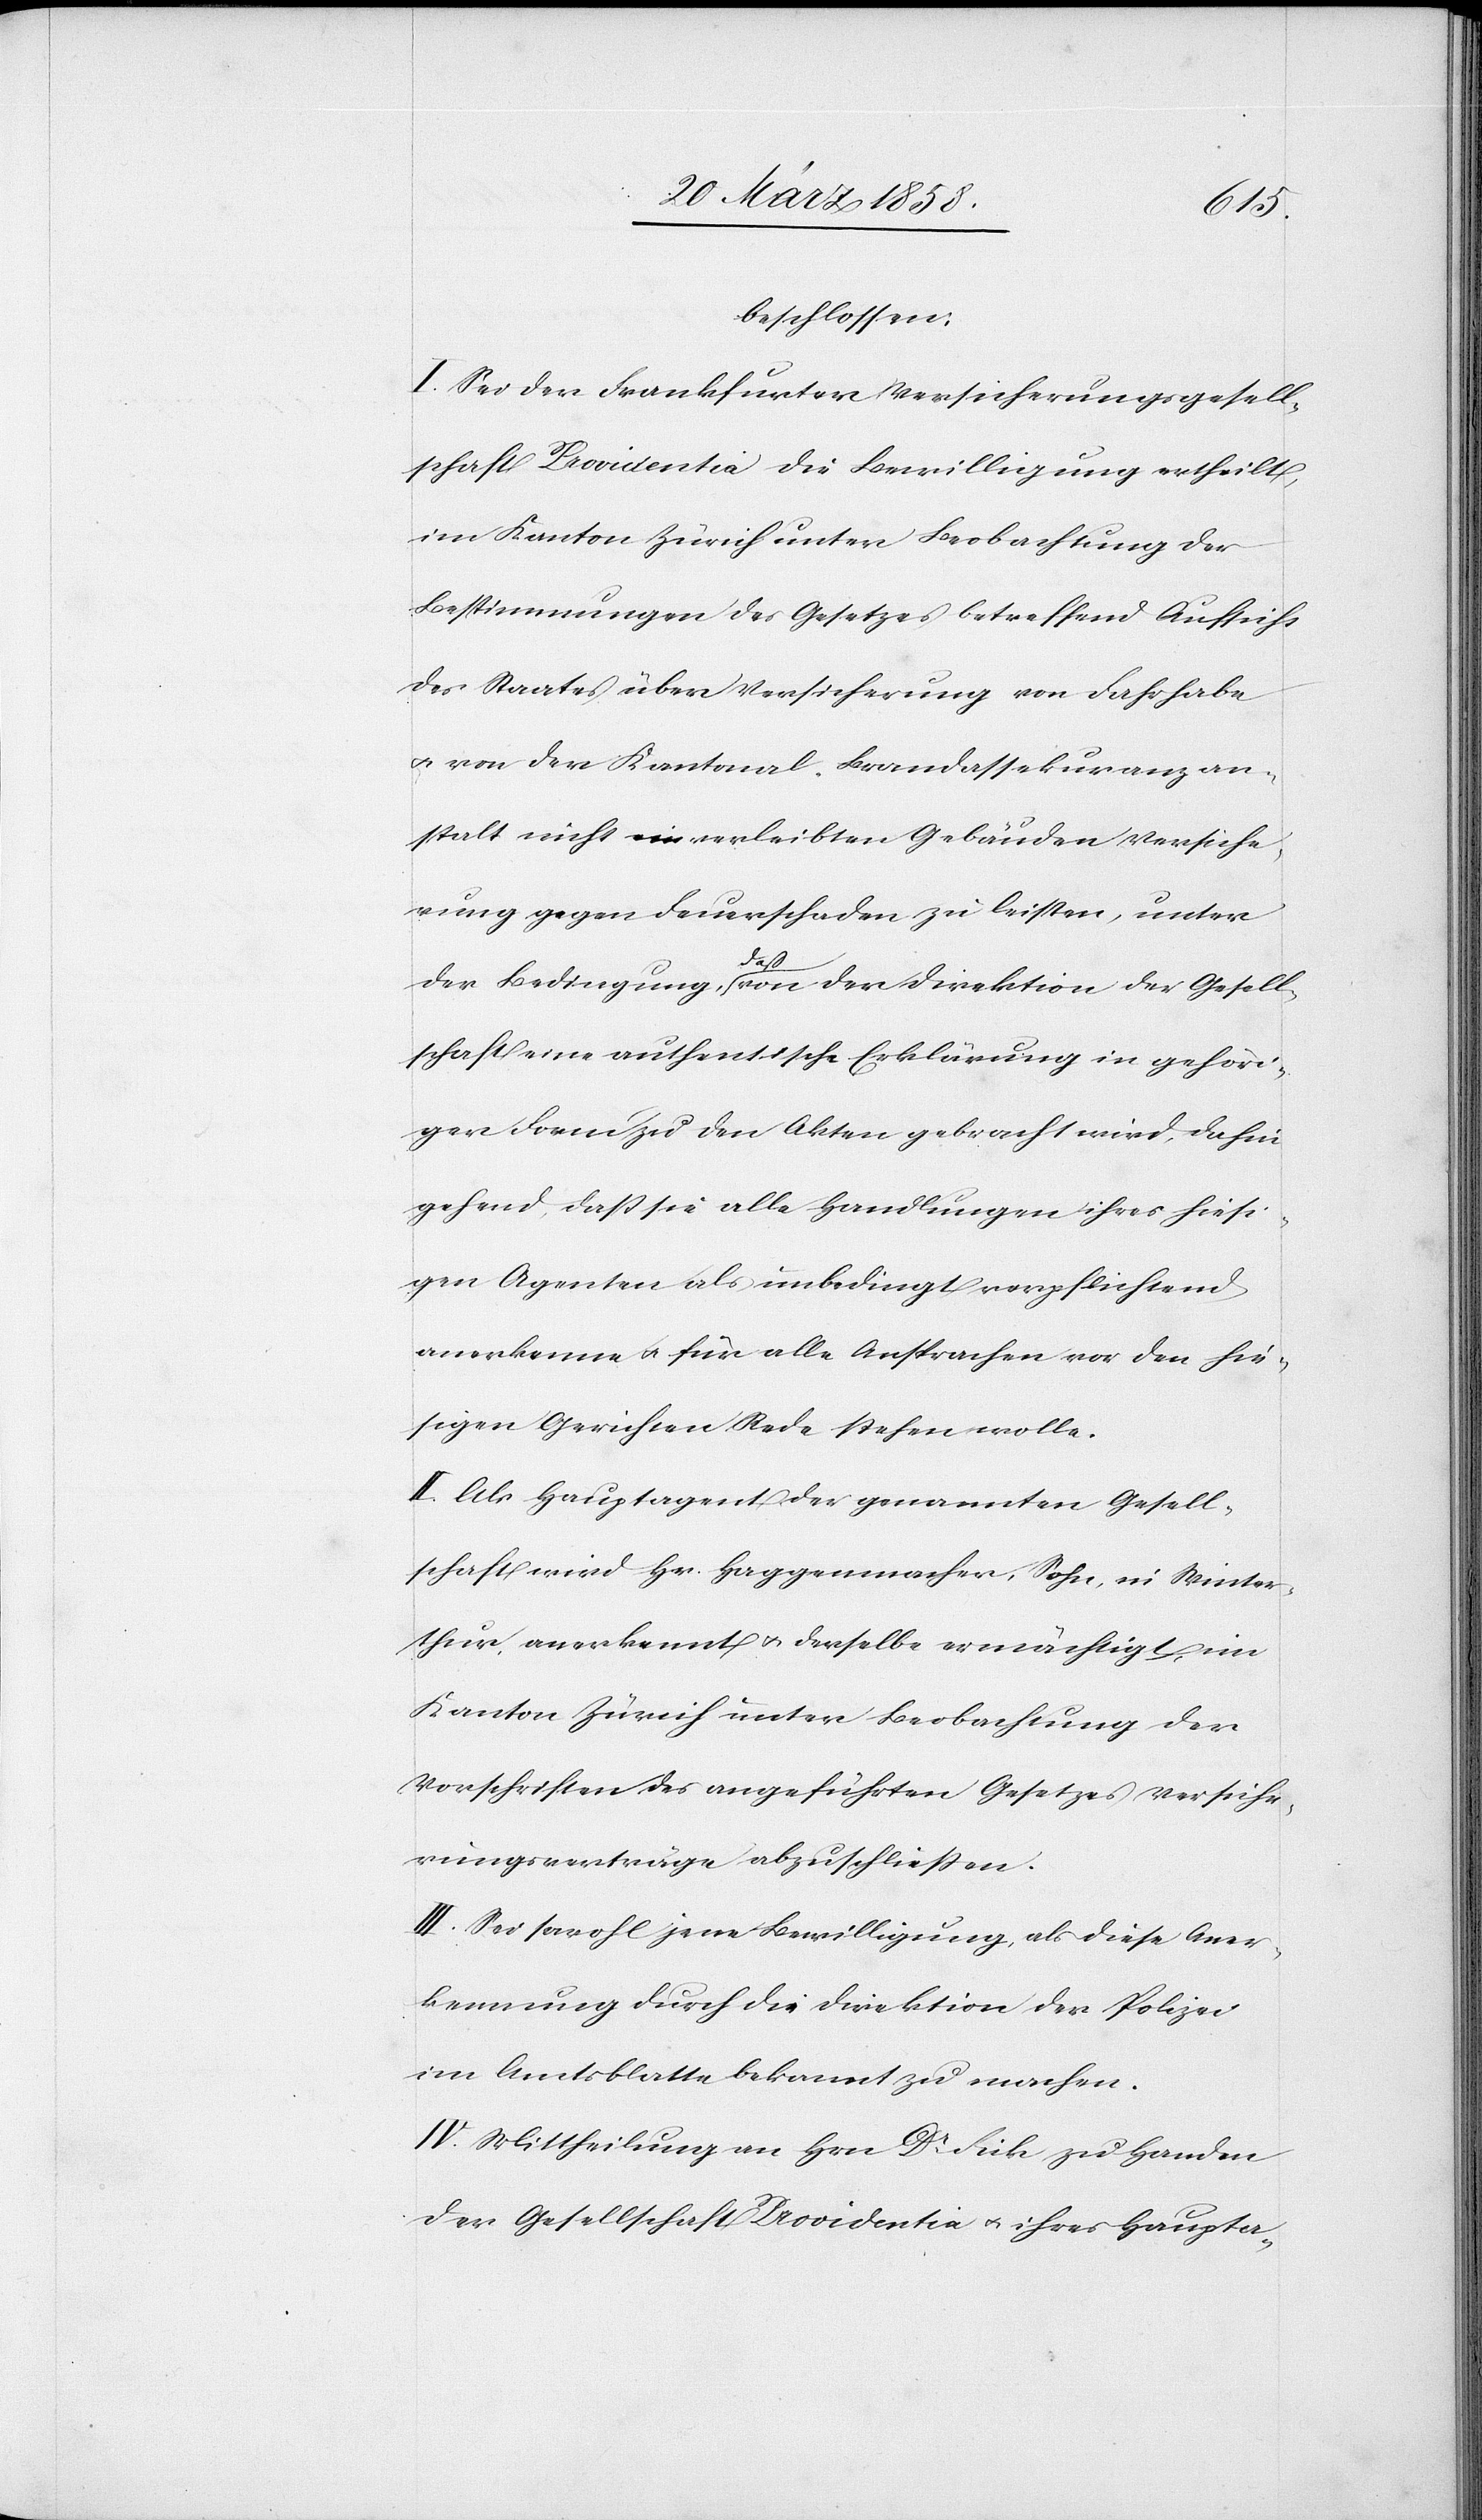
beschlossen:
I. Sei der Frankfurter Versicherungsgesell¬
schaft Providentia die Bewilligung ertheilt,
im Kanton Zürich unter Beobachtung der
Bestimmungen des Gesetzes betreffend Aufsicht
des Staates über Versicherung von Fahrhabe
u. von der Kantonal-Brandassekuranzan¬
stalt nicht einverleibten Gebäuden Versiche¬
rung gegen Feuerschaden zu leisten, unter
der Bedingung, daß von der Direktion der Gesell¬
schaft eine authentische Erklärung in gehöri¬
ger Form zu den Akten gebracht wird, dahin
gehend, daß sie alle Handlungen ihres hiesi¬
gen Agenten als unbedingt verpflichtend
anerkenne u. für alle Ansprachen vor den hie¬
sigen Gerichten Rede stehen wolle.
II. Als Hauptagent der genannten Gesell¬
schaft wird Hr. Haggenmacher, Sohn, in Winter¬
thur, anerkannt u. derselbe ermächtigt, im
Kanton Zürich unter Beobachtung der
Vorschriften des angeführten Gesetzes Versiche¬
rungsverträge abzuschließen.
III. Sei sowol jene Bewilligung, als diese Aner¬
kennung durch die Direktion der Polizei
im Amtblatte bekannt zu machen.
IV. Mittheilung an Hrn. Dr Fick zu Handen
der Gesellschaft Providentia u. ihrer Haupta-